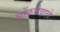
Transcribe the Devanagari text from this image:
भोंकनेवाले